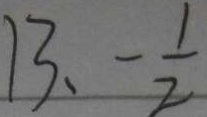
1 3 、 - \frac { 1 } { 2 }